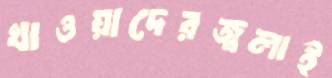
খাওয়াদেরজ্বলাই